Sleeping sickness
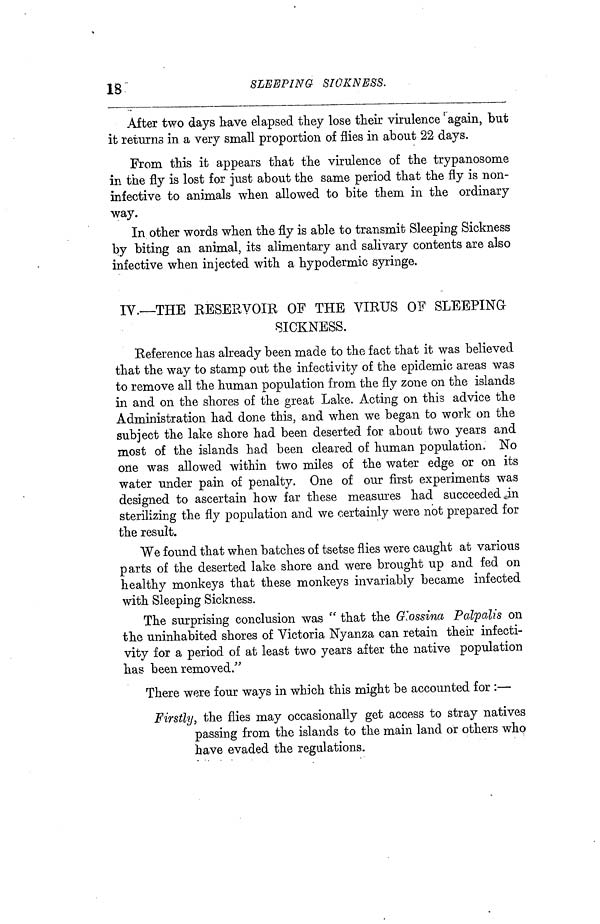
13
SLEEPING
SICKNESS.
After two days have elapsed they lose their virulence again, but
it returns in a very small proportion of flies in about 22 days.
From this it appears that the virulence of the trypanosome
in the fly is lost for just about the same period that the fly is non-
infective to animals when allowed to bite them in the ordinary
way.
In other words when the fly is able to transmit Sleeping Sickness
by biting an animal, its alimentary and salivary contents are also
infective when injected with a hypodermic syringe.
IV.—THE EESERVOIE OF THE VIRUS OF SLEEPING
SICKNESS.
Eeference has already been made to the fact that it was believed
that the way to stamp out the infectivity of the epidemic areas was
to remove all the human population from the fly zone on the islands
in and on the shores of the great Lake. Acting on this advice the
Administration had done this, and when we began to work on the
subject the lake shore had been deserted for about two years and
most of the islands had been cleared of human population. No
one was allowed within two miles of the water edge or on its
water under pain of penalty. One of our first experiments was
designed to ascertain how far these measures had succeeded in
sterilizing the fly population and we certainly were not prepared for
the result.
We found that when batches of tsetse flies were caught at various
parts of the deserted lake shore and were brought up and fed on
healthy monkeys that these monkeys invariably became infected
with Sleeping Sickness.
The surprising conclusion was " that the Glossina Palpalis on
the uninhabited shores of Victoria Nyanza can retain their infecti-
vity for a period of at least two years after the native population
has been removed."
There were four ways in which this might be accounted for :—
Firstly, the flies may occasionally get access to stray natives
passing from the islands to the main land or others who
have evaded the regulations.